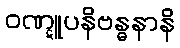
ဝဏ္ဋူပနိဗန္ဓနာနိ